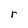
Character: r